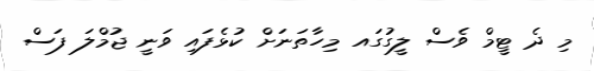
މި ދެ ޓީމް ވެސް ލީގުގައ މިހާތަނަށް ކުޅެފައި ވަނީ ޖުމްލަ ފަސް